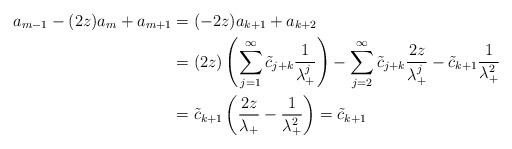
LaTeX: \begin{align*}a_{m-1} - (2z) a_{m} + a_{m+1} & = (-2z)a_{k+1} + a_{k+2} \\& = (2z)\left(\sum_{j=1}^{\infty} \tilde{c}_{j+k} \frac{1}{\lambda_{+}^{j}}\right) - \sum_{j=2}^{\infty} \tilde{c}_{j+k} \frac{2z}{\lambda_{+}^{j}} - \tilde{c}_{k+1} \frac{1}{\lambda_{+}^{2}} \\& = \tilde{c}_{k+1}\left(\frac{2z}{\lambda_{+}} - \frac{1}{\lambda_{+}^{2}}\right) = \tilde{c}_{k+1}\end{align*}